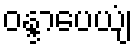
ဝန္ဒာပေယျံ